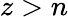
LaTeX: z>n